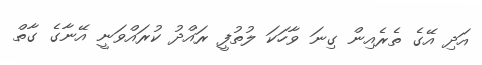
އަދި އޭގެ ތެރެއިން ގިނަ ވާހަކަ ލުތުފީ ރައްދު ކުރައްވަނީ އޭނާގެ ގާތް